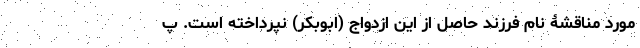
مورد مناقشۀ نام فرزند حاصل از این ازدواج (ابوبکر) نپرداخته است. پ